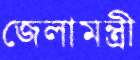
জেলামন্ত্রী